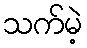
သက်မဲ့